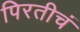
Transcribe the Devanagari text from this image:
पिरतीचं